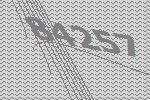
84257